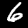
Label: 6